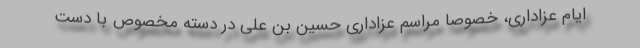
ایام عزاداری، خصوصاً مراسم عزاداری حسین بن علی در دسته مخصوص با دست